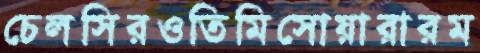
চেলসিরওতিমিসোয়ারারম